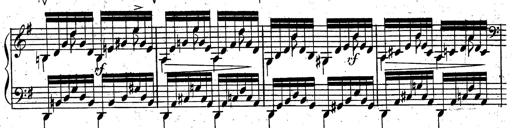
Title: Rondeau fantastique sur un thÃ¨me espagnol
Composer: Franz Liszt